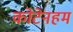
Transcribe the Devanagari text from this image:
कोटेनहम